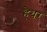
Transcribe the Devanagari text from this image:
हैथर